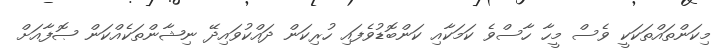
މިކަންތައްތަކަކީ ވެސް މީހާ ހާސްވެ ކަމަކާއި ކަންބޮޑުވެފައި ހުރިކަން ދައްކުވައިދޭ ނިޝާންތަކެއްކަން ޞޮފާއަށް